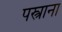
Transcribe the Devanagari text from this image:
पस्त्राना